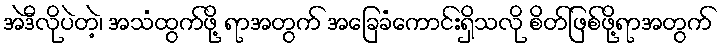
အဲဒီလိုပဲတဲ့၊ အသံထွက်ဖို့ ရာအတွက် အခြေခံကောင်းရှိသလို စိတ်ဖြစ်ဖို့ရာအတွက်